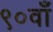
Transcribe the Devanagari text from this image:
९०वाँ